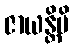
ဇာယန္တိပိ